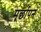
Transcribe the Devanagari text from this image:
मूर्छापन